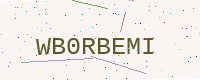
Text: WB0RBEMI